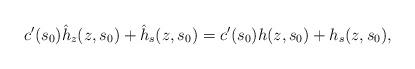
LaTeX: \begin{align*}c'(s_0)\hat{h}_z(z, s_0)+\hat{h}_s(z, s_0)=c'(s_0)h(z, s_0)+h_s(z, s_0),\end{align*}